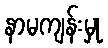
နာမကျန်းမှု